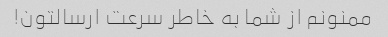
ممنونم از شما به خاطر سرعت ارسالتون!